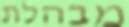
מבהלת